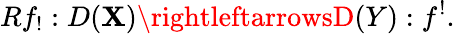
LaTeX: Rf_{!}:D(\mathbf{X})\rightleftarrowsD(Y):f^{!}.